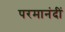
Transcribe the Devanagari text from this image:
परमानंदीं